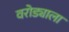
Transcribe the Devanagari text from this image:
वरोड्याला